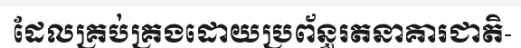
ដែលគ្រប់គ្រងដោយប្រព័ន្ធរតនាគារជាតិ-